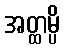
အတ္ထမ္ပိ